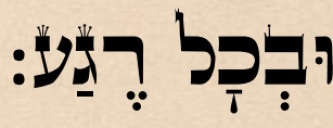
וּבְכׇל רֶגַע: